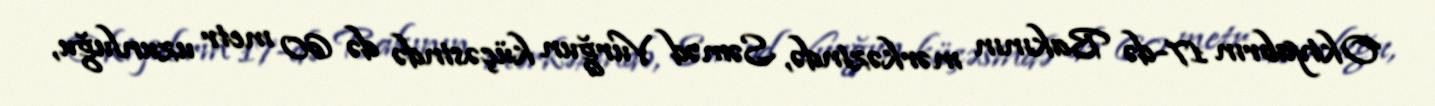
Oktyabrın 17-də Bakının mərkəzində, Səməd Vurğun küçəsində də 60 metr uzunluğu,